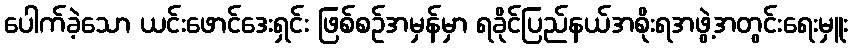
ပေါက်ခဲ့သော ယင်းဖောင်ဒေးရှင်း ဖြစ်စဉ်အမှန်မှာ ရခိုင်ပြည်နယ်အစိုးရအဖွဲ့အတွင်းရေးမှူး